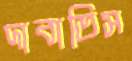
দাবাতিস